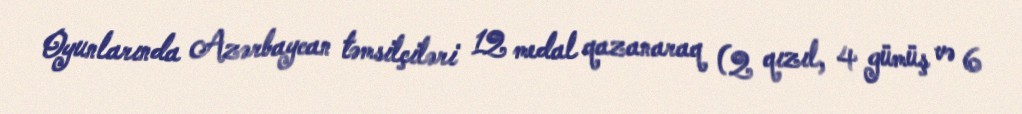
Oyunlarında Azərbaycan təmsilçiləri 12 medal qazanaraq (2 qızıl, 4 gümüş və 6